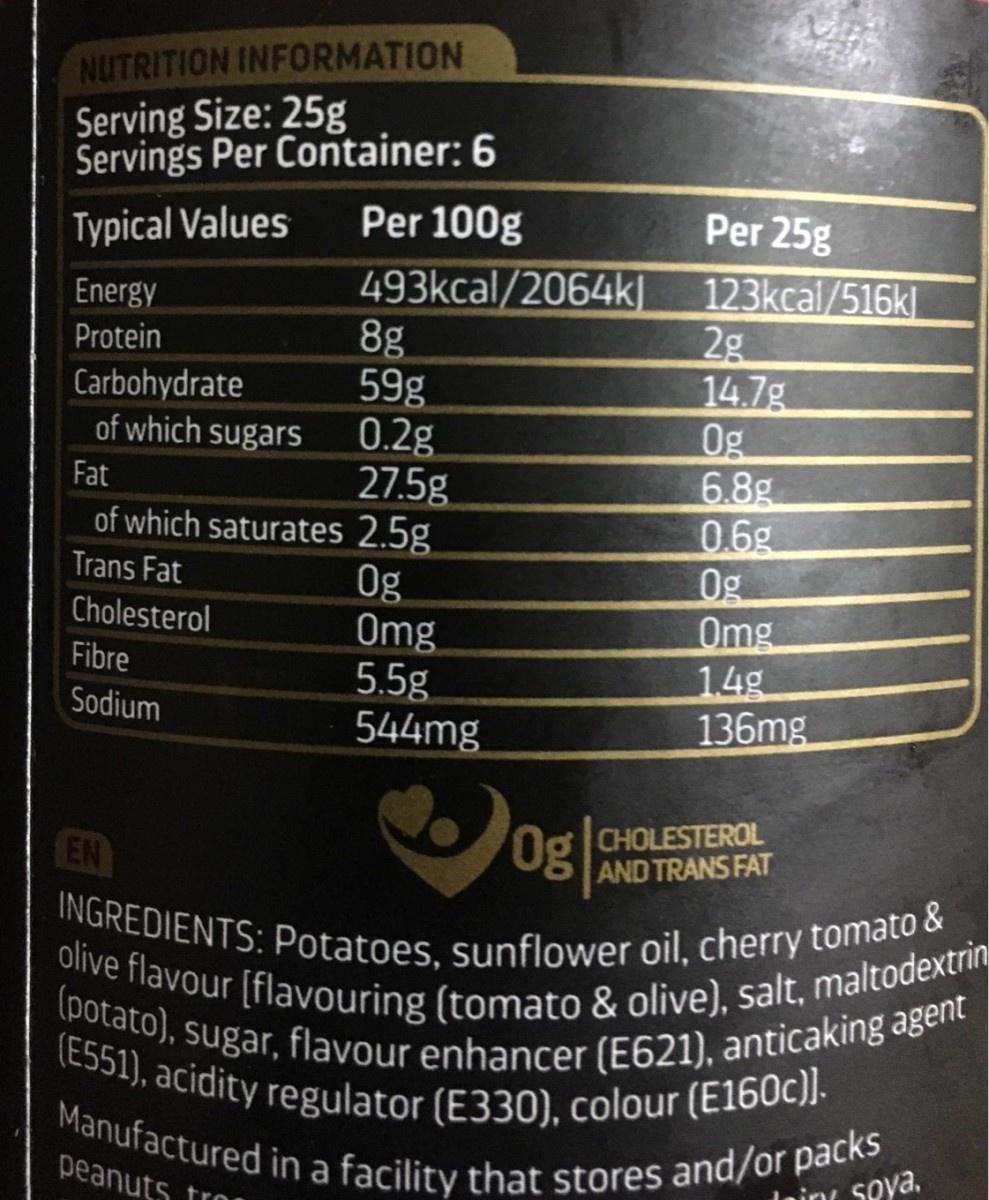
NUTRITION INFORMATION Serving Size: 25g Servings Per Container: 6
Typical Values
Per 100g
Per 25g
493kcal/2064k] 8g 59g 0.2g 27.5g
123kcal/516k 2g 14.7g 0g 6.8g 0.6g Og Omg 14g 136mg
Energy
Protein
Carbohydrate of which sugars
Fat
of which saturates 2.5g
Trans Fat
Og Omg 5.5g 544mg
Cholesterol
Fibre
Sodium
0g
Og CHOLESTEROL AND TRANS FAT
EN
INGREDIENTS: Potatoes, sunflower oil, cherry tomato & olive flavour [flavouring (tomato & olive), salt, maltodextrin (potato), sugar, flavour enhancer (E621), anticaking agent (E551), acidity regulator (E330), colour (E160c)].
Manufactured in a facility that stores and/or packs
peanuts
Seya,
tros